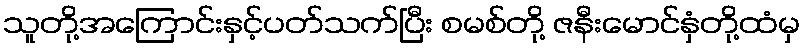
သူတို့အကြောင်းနှင့်ပတ်သက်ပြီး စမစ်တို့ ဇနီးမောင်နှံတို့ထံမှ